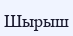
Шырыш